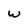
Character: w